Indian journal of veterinary science and animal husbandry - Volume 4,
Year: 1934
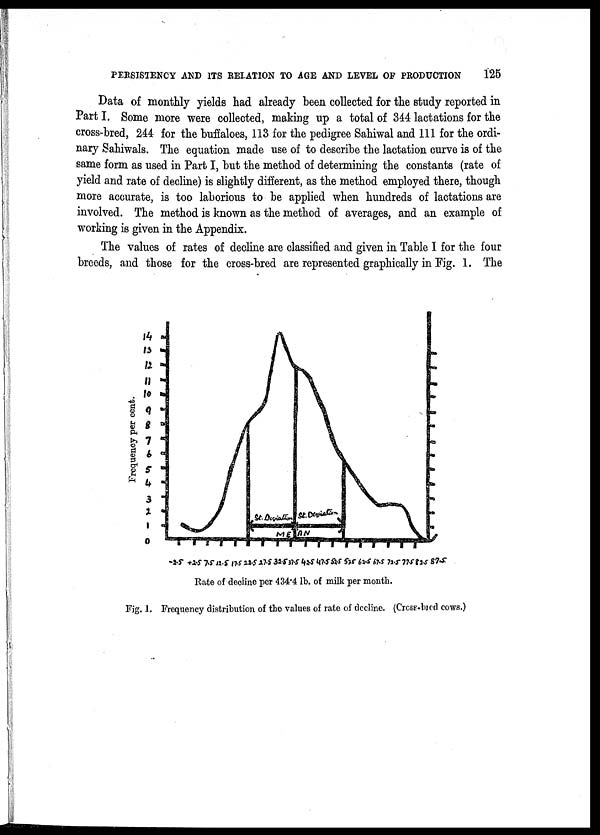
PERSISTENCY AND ITS RELATION TO AGE AND LEVEL OF PRODUCTION
125
Data of monthly yields had already been collected for the study reported in
Part I. Some more were collected, making up a total of 344 lactations for the
cross-bred, 244 for the buffaloes, 113 for the pedigree Sahiwal and 111 for the ordi-
nary Sahiwals. The equation made use of to describe the lactation curve is of the
same form as used in Part I, but the method of determining the constants (rate of
yield and rate of decline) is slightly different, as the method employed there, though
more accurate, is too laborious to be applied when hundreds of lactations are
involved. The method is known as the method of averages, and an example of
working is given in the Appendix.
The values of rates of decline are classified and given in Table I for the four
breeds, and those for the cross-bred are represented graphically in Fig. 1. The
Fig. 1. Frequency distribution of the values of rate of decline. (Crcse-bied cows.)